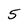
Character: 5